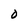
Character: 0